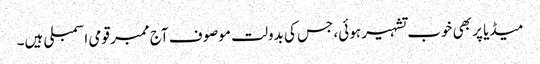
میڈیا پر بھی خوب تشہیر ہوئی، جس کی بدولت موصوف آج ممبر قومی اسمبلی ہیں۔